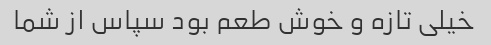
خیلی تازه و خوش طعم بود سپاس از شما